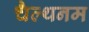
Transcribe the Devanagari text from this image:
चैल्थनम